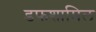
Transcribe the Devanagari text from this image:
डफशामिल